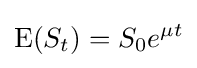
\operatorname {E} (S_{t})=S_{0}e^{\mu t}